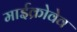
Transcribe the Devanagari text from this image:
माईक्रोवेव